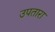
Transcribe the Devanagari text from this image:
उपतारा